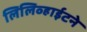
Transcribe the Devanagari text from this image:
लिलिव्हाईटने